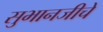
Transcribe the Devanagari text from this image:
सुभानजीचे